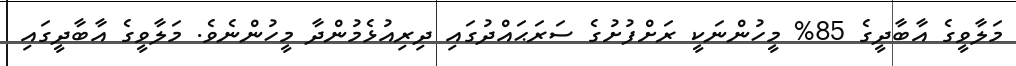
މަލާވީގެ އާބާދީގެ 85% މީހުންނަކީ ރަށްފުށުގެ ސަރަޙައްދުގައި ދިރިއުޅެމުންދާ މީހުންނެވެ. މަލާވީގެ އާބާދީގައި